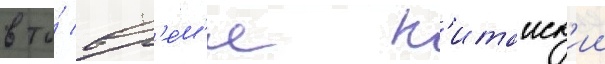
в то́ вр'е́м'я к'итаиск'ии